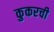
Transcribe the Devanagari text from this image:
कुकरची